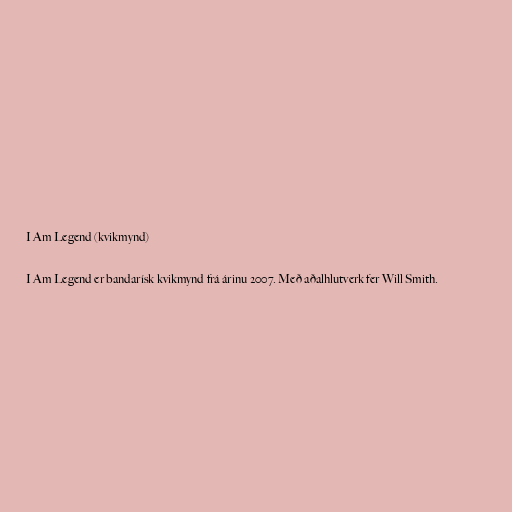
I Am Legend (kvikmynd)

I Am Legend er bandarísk kvikmynd frá árinu 2007. Með aðalhlutverk fer Will Smith.